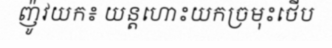
ញ៉ូវយក៖ យន្តហោះយកច្រមុះថើប